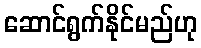
ဆောင်ရွက်နိုင်မည်ဟု